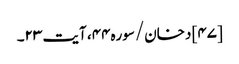
[۴۷] دخان/سوره۴۴، آیت ۲۳۔